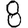
Digit: 8